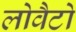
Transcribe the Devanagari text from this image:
लोवैटो